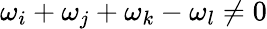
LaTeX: \omega_{i}+\omega_{j}+\omega_{k}-\omega_{l}\neq 0